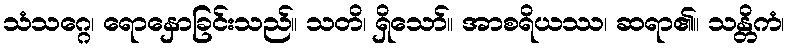
သံသဂ္ဂေ၊ ရောနှောခြင်းသည်။ သတိ၊ ရှိသော်။ အာစရိယဿ၊ ဆရာ၏။ သန္တိကံ၊